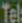
Tel